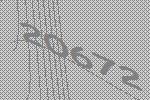
20672